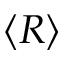
\left< R \right>